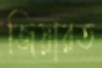
জিয়ারত